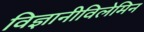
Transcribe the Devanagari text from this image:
विज्ञानीविलेमिन